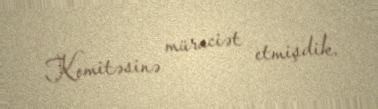
Komitəsinə müraciət etmişdik.